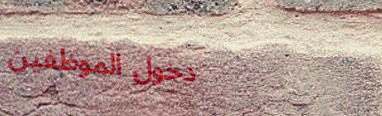
دخول الموظفين